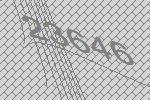
23646